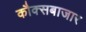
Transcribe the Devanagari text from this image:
कौक्सबाजार